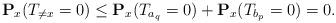
LaTeX: \begin{align*}\mathbf{P}_x(T_{\neq x}=0)\leq \mathbf{P}_x(T_{a_q}=0)+\mathbf{P}_x(T_{b_p}=0)=0. \end{align*}